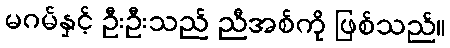
မဂမ်နှင့် ဦးဦးသည် ညီအစ်ကို ဖြစ်သည်။